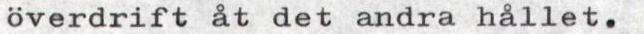
överdrift åt det andra hållet.